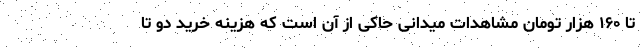
تا ۱۶۰ هزار تومان مشاهدات میدانی حاکی از آن است که هزینه خرید دو تا